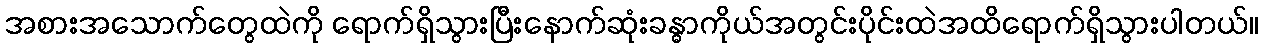
အစားအသောက်တွေထဲကို ရောက်ရှိသွားပြီးနောက်ဆုံးခန္ဓာကိုယ်အတွင်းပိုင်းထဲအထိရောက်ရှိသွားပါတယ်။